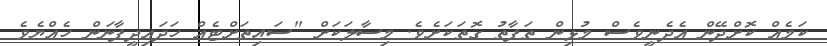
ކަމެއް ކޮށްދޭން އެދެނީވެސް މުޅިން ތަފާތު ގޮތަކަށެވެ. މިސާލަކަށް "ސައިތަށްޓެއް ހަދައިދީފާނަން ހެއްޔެވެ